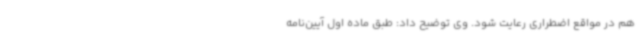
هم در مواقع اضطراری رعایت شود. وی توضیح داد: طبق ماده اول آیین‌نامه